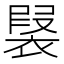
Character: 𧛣